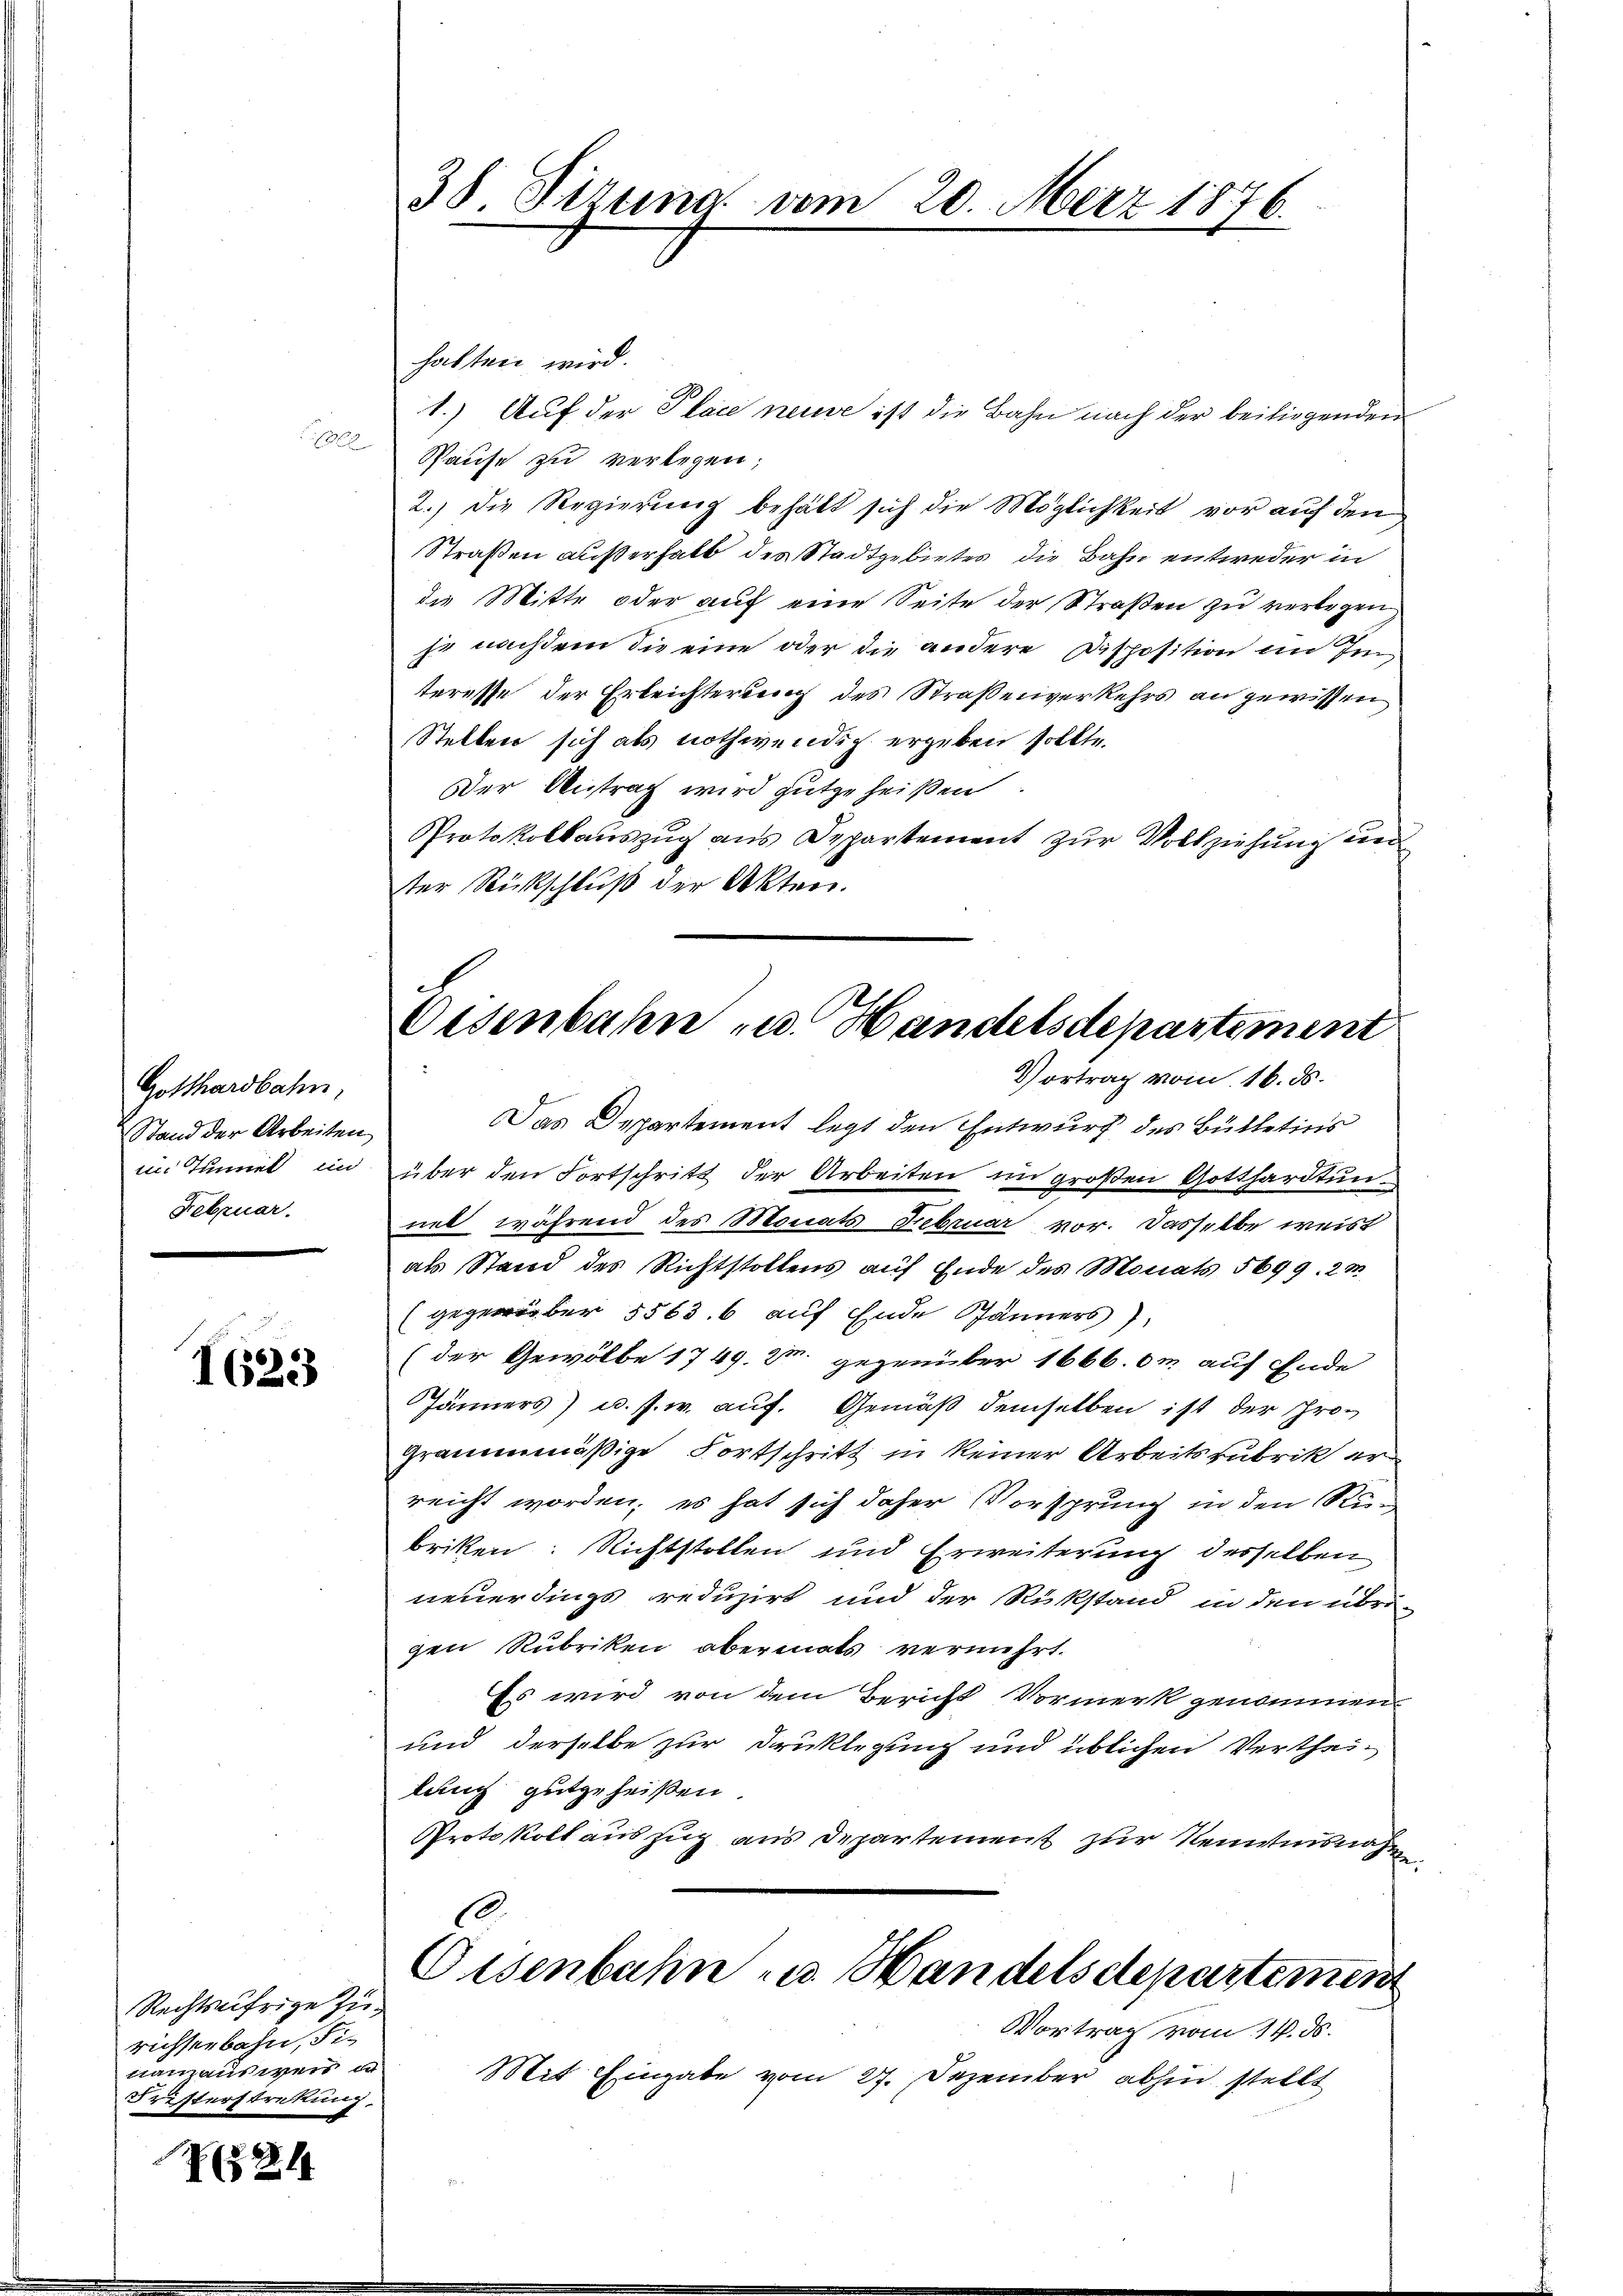
1822

Gotthardbahn,
Stand der Arbeiten
im Tunnet in
Februar.

1623

Rechtsufrige Zurichtserbahn, Finanzausweis in
Fristerstrekung

§281

habten wird.
1.) Auf der Placie neuse ist die Bahn nach der beiliegenden
Pause zu verlegen;
2.) Die Regierung behält sich die Möglichkeit vor auf den
Straßen außerhalb des Stadtgebietes die Bahn entweder in
die Mitte oder auf eine Seite der Straßen zu verlegen
je nachdem die eine oder die andere Disposition im Imteresse der Erleichterung des Straßenverkehrs an gewissen
Stellen sich als nothwendig ergeben sollte.
Der Antrag wird gutgeheißen
Protokollauszug aus Departement zur Vollziehung und
ter Rückschluß der Akten.

38. Sizung vom 20. März 1876.

Oesenbahn u. Handelsdepartement
Vortrag vom 16. ds.

Das Departement legt den Entwurf des Bülletins
über den Fortschritt der Arbeiten im großen Gotthardtunnet, während des Monats Februar vor. Dasselbe weist
als Stand des Richtstollens auf Ende des Monats 5699. 2m
(gegenüber 5563. 6 auf Ende Jänners),
(der Gewölbe 1749. Z. gegenüber 1666. 0m auf Ende
Jänners) u. s. w. auf. Gemäß demselben ist der Programmmäßige Fortschritt in keiner Arbeitsrubrik er
reicht worden; es hat sich daher Vorsprung in den Rebriken: Richtstollen und Erweiterung desselben
neuerdings reduzirt und der Rükstand in den übri-
gen Rubriken obermats vermehrt.
Es wird von dem Bericht Vormerk genommen
und derselbe zur Druklegung und üblichen Verthei-
lung gutgeheißen.
Protokoll auszug aus Departement zur Remisnahm
.

Eisenbahn u. Handelsdepartemen
Vortrag vom 14. ds.

Mit Eingabe vom 27. Dezember abhin stellt